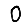
Digit: 0